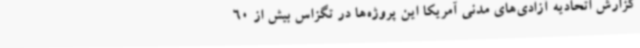
گزارش اتحادیه آزادی‌های مدنی آمریکا این پروژه‌ها در تگزاس بیش از 60